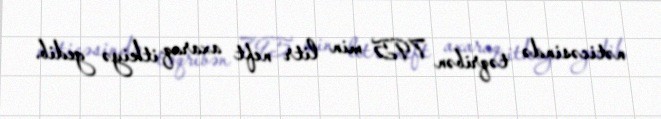
nəticəsində təqribən 795 min litr neft axaraq itkiyə gedib.